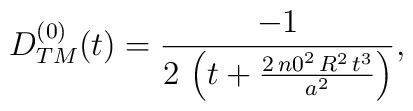
\begin{array}{c}D_{TM}^{(0)}(t) = \displaystyle{\frac{-1}{2\,\left( t +\frac{2\,{n0}^2\,R^2\,t^3}{a^2} \right) }},\end{array}